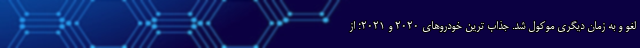
لغو و به زمان دیگری موکول شد. جذاب ترین خودروهای 2020 و 2021؛ از